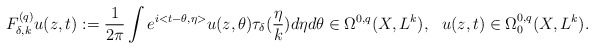
\begin{align*}F^{(q)}_{\delta,k}u(z,t):=\frac{1}{2\pi}\int e^{i<t-\theta,\eta>}u(z,\theta)\tau_\delta(\frac{\eta}{k})d\eta d\theta\in\Omega^{0,q}(X,L^k),\ \ u(z,t)\in\Omega^{0,q}_0(X,L^k).\end{align*}